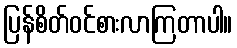
ပြန်စိတ်ဝင်စားလာကြတာပါ။